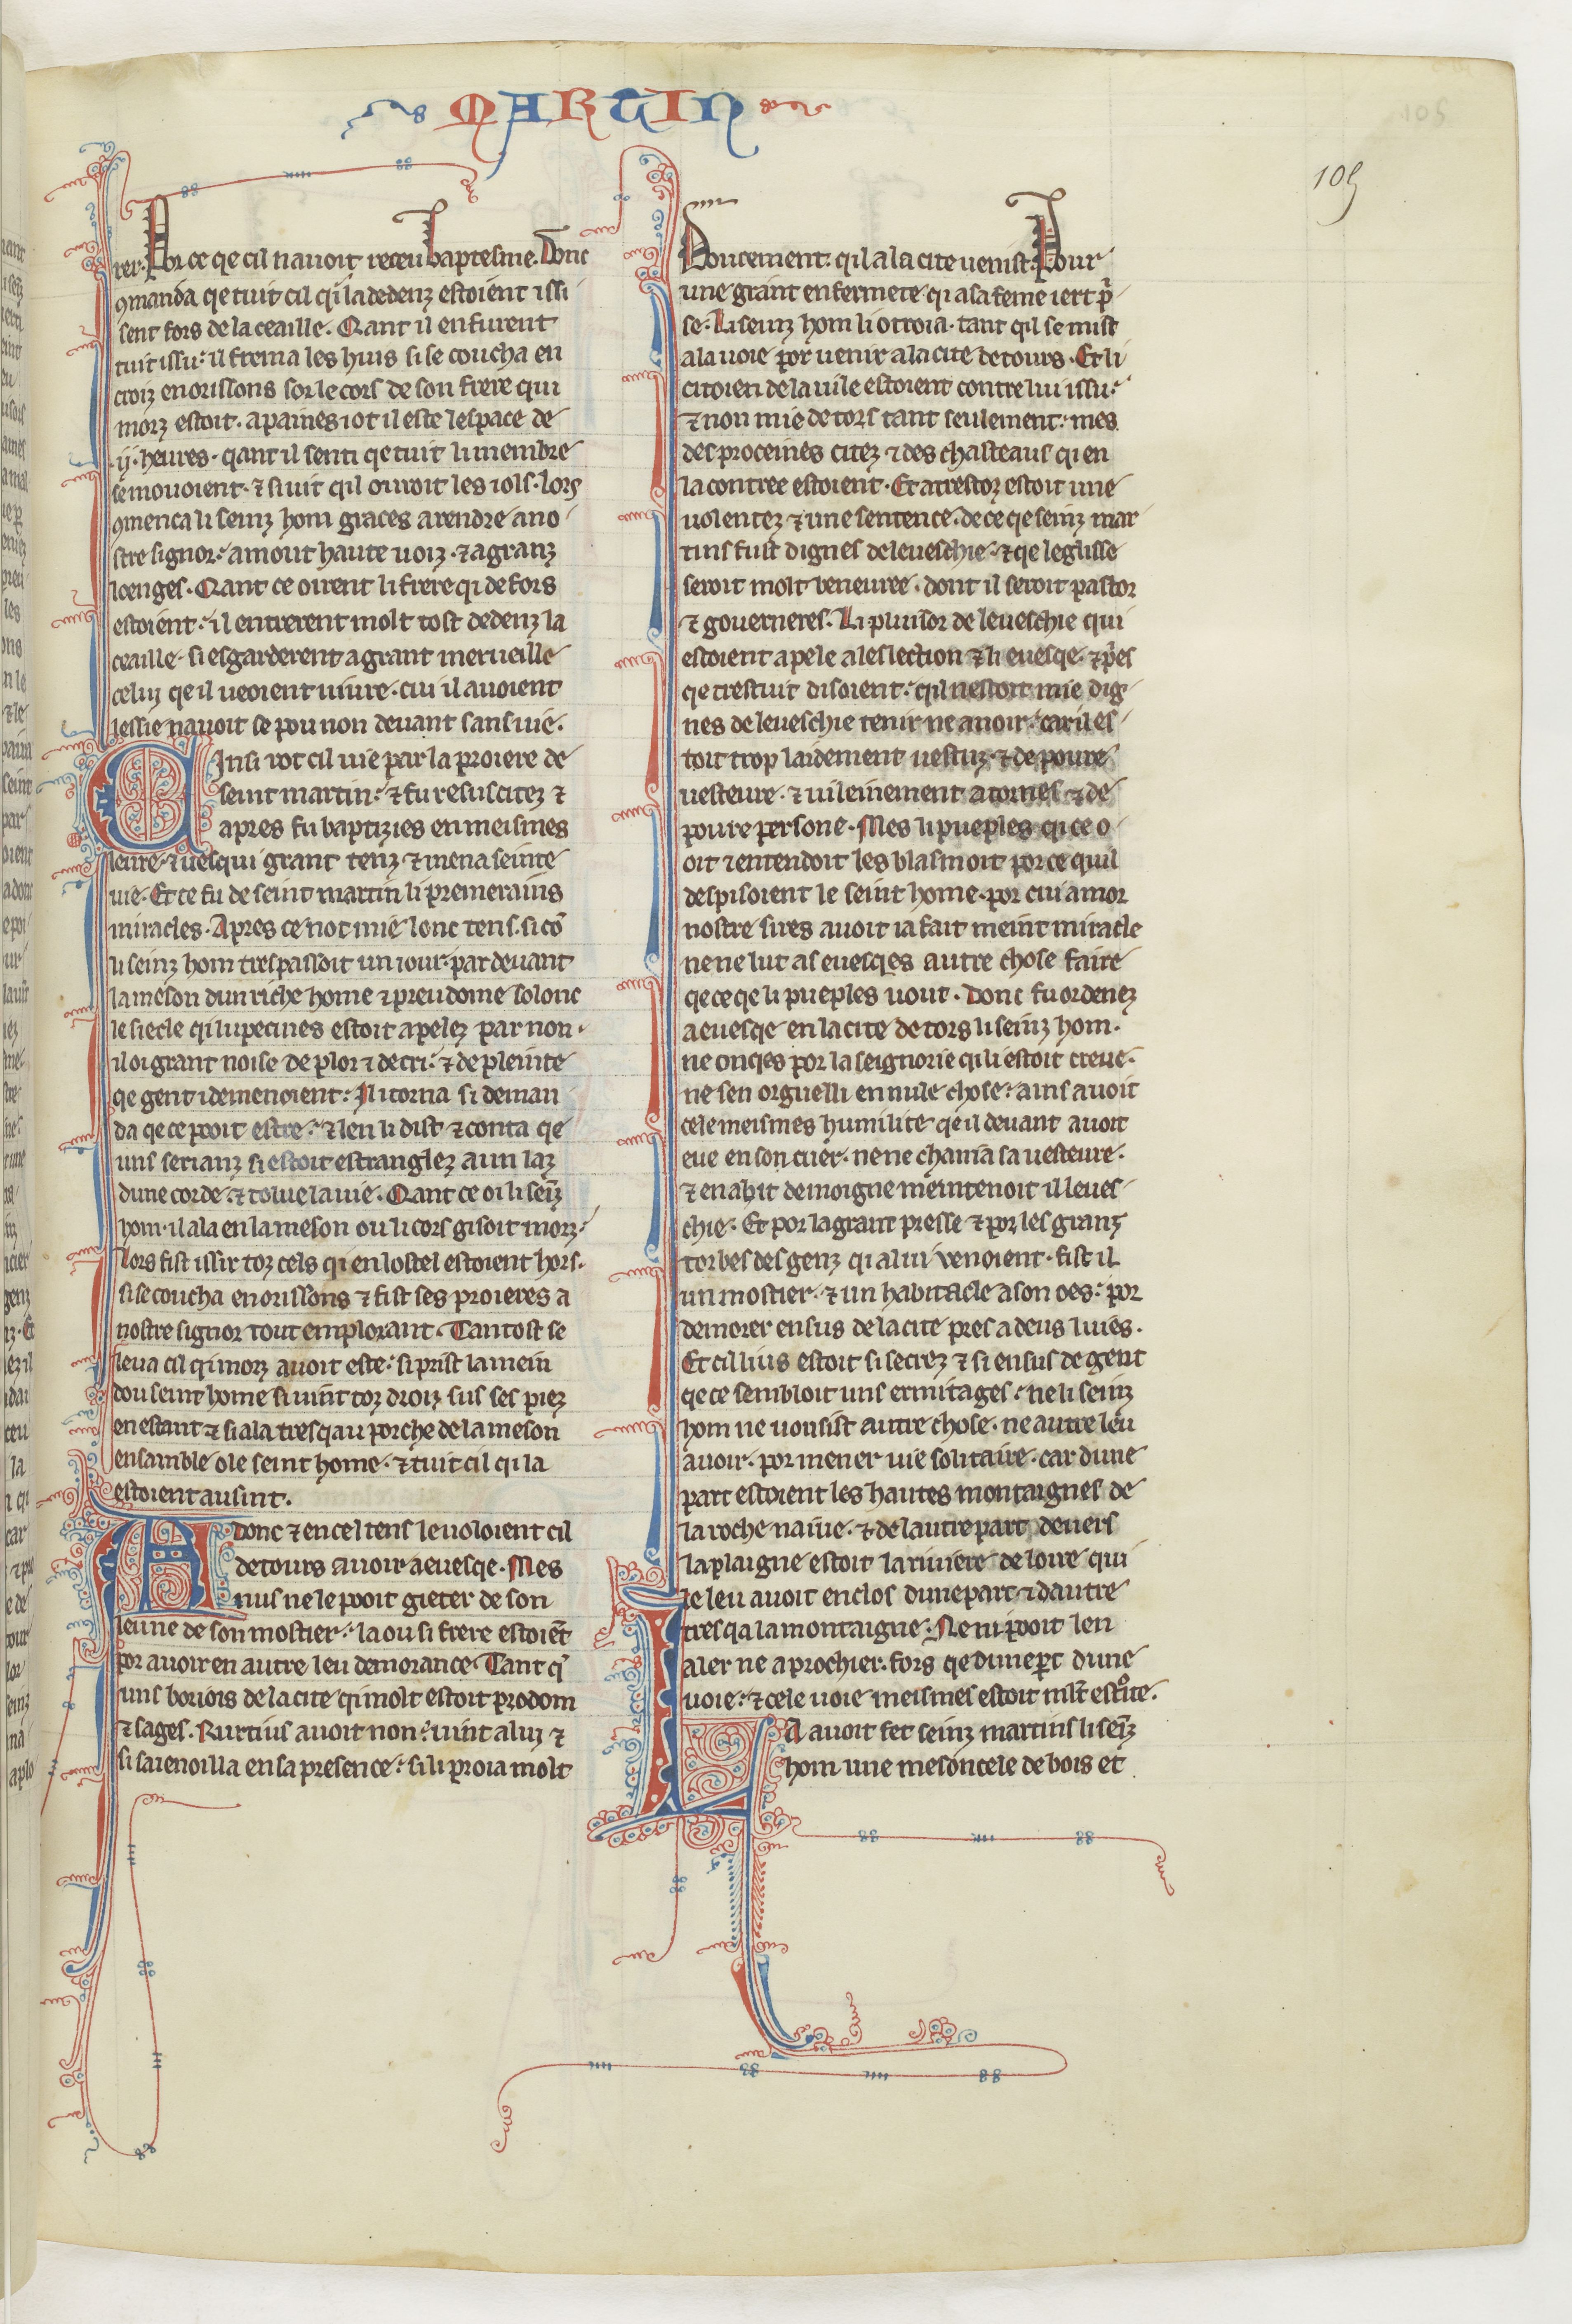
Shelfmark: Paris, BnF, fr. 412
Century: 13